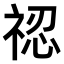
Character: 𥚆